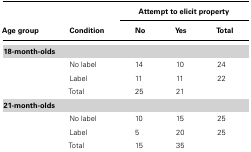
|  |  | <COLSPAN=3> Attempt to elicit property |
 | Age group | Condition | No | Yes | Total |
 | --- | --- | --- | --- | --- |
 | 18-month-olds |
 |  | No label | 14 | 10 | 24 |
 |  | Label | 11 | 11 | 22 |
 |  | Total | 25 | 21 |  |
 | 21-month-olds |
 |  | No label | 10 | 15 | 25 |
 |  | Label | 5 | 20 | 25 |
 |  | Total | 15 | 35 |  |